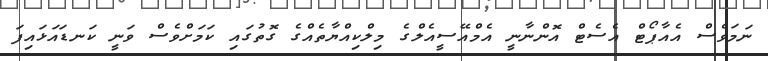
ނަމަވެސް އެއާޕޯޓް އެސެޓް އޮންނާނީ އެމްއޭސީއެލްގެ މިލްކިއްޔާތެއްގެ ގޮތުގައި ކަމަށްވެސް ވަނީ ކަނޑައަޅައިފަ